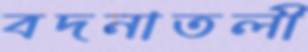
বদনাতলী